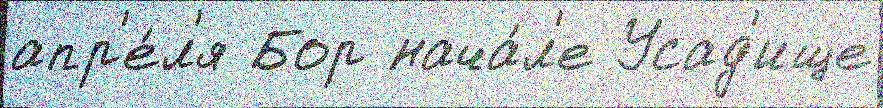
апр'е́л'я Бор нача́л'е Усад'ище